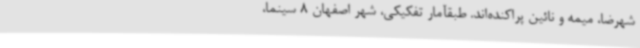
شهرضا، میمه و نائین پراکنده‌اند. طبقآمار تفکیکی، شهر اصفهان 8 سینما،